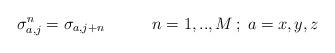
LaTeX: \begin{align*}\sigma_{a,j}^{n}=\sigma_{a,j+n} \hspace{12mm} n=1,..,M \,; \; a=x,y,z\end{align*}